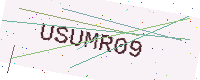
Text: USUMR09